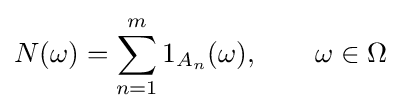
N(\omega )=\sum _{n=1}^{m}1_{A_{n}}(\omega ),\qquad \omega \in \Omega